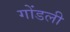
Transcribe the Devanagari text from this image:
गोंडली